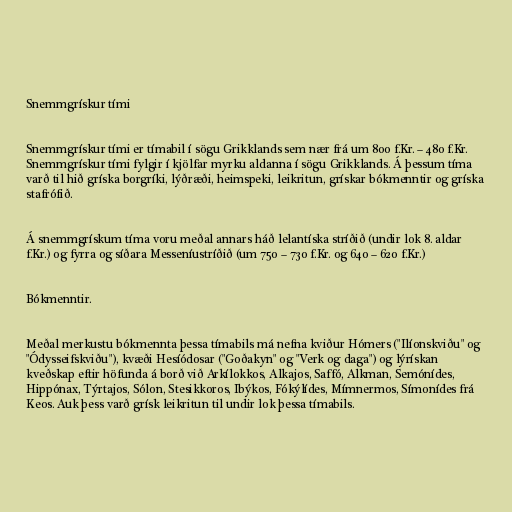
Snemmgrískur tími

Snemmgrískur tími er tímabil í sögu Grikklands sem nær frá um 800 f.Kr. – 480 f.Kr.
Snemmgrískur tími fylgir í kjölfar myrku aldanna í sögu Grikklands. Á þessum tíma
varð til hið gríska borgríki, lýðræði, heimspeki, leikritun, grískar bókmenntir og gríska
stafrófið.

Á snemmgrískum tíma voru meðal annars háð lelantíska stríðið (undir lok 8. aldar
f.Kr.) og fyrra og síðara Messeníustríðið (um 750 – 730 f.Kr. og 640 – 620 f.Kr.)

Bókmenntir.

Meðal merkustu bókmennta þessa tímabils má nefna kviður Hómers ("Ilíonskviðu" og
"Ódysseifskviðu"), kvæði Hesíódosar ("Goðakyn" og "Verk og daga") og lýrískan
kveðskap eftir höfunda á borð við Arkílokkos, Alkajos, Saffó, Alkman, Semónídes,
Hippónax, Týrtajos, Sólon, Stesikkoros, Ibýkos, Fókýlídes, Mímnermos, Símonídes frá
Keos. Auk þess varð grísk leikritun til undir lok þessa tímabils.